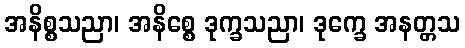
အနိစ္စသညာ၊ အနိစ္စေ ဒုက္ခသညာ၊ ဒုက္ခေ အနတ္တသ